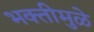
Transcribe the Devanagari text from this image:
भक्तीमुळे